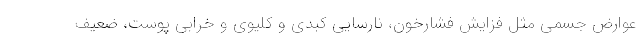
عوارض جسمی مثل فزایش فشارخون، نارسایی کبدی و کلیوی و خرابی پوست، ضعیف